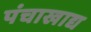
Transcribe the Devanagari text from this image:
पंचाखाद्य